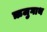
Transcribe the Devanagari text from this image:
ऋजुगाथ